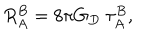
R _ { A } ^ { B } = 8 \pi G _ { D } ~ \tau _ { A } ^ { B } ,